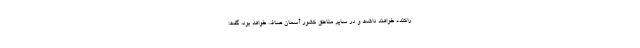
راکنده خواهند داشت و در سایر مناطق کشور آسمان صاف خواهد بود، گفت: